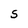
Character: S